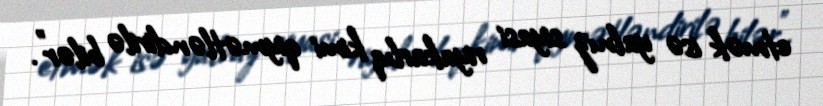
etmək isə yalnız siyasi riyakarlıq kimi qiymətləndirilə bilər".